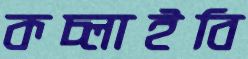
কচ্‌লাইবি